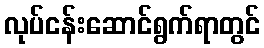
လုပ်ငန်းဆောင်ရွက်ရာတွင်